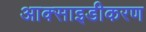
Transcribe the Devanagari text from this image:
आक्साइडीकरण